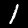
Label: 1